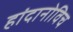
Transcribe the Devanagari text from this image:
हांदानोविच